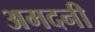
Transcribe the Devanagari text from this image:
अमदनी